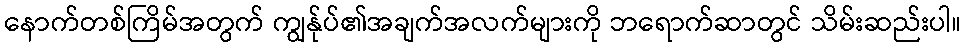
နောက်တစ်ကြိမ်အတွက် ကျွန်ုပ်၏အချက်အလက်များကို ဘရောက်ဆာတွင် သိမ်းဆည်းပါ။